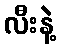
လီးနဲ့